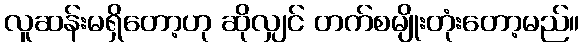
လူဆန်းမရှိတော့ဟု ဆိုလျှင် တက်စမျိုးတုံးတော့မည်။